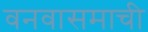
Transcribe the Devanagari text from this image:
वनवासमाची